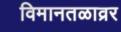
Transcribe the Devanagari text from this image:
विमानतळाव्रर